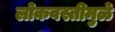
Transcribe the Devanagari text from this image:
लोकवस्तीमुळे